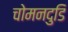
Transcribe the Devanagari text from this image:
चोमनदुडि